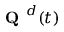
\textbf { Q } ^ { d } ( t )